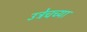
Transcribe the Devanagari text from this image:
उत्रेचच्या